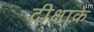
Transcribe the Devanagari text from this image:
दीक्षाके